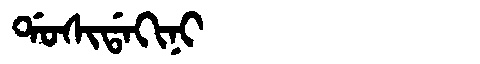
Manchu: ᡩᠣᠰᡳᡩᠠᡴᡳᠨᡳ
Romanization: DOSIDAKINI